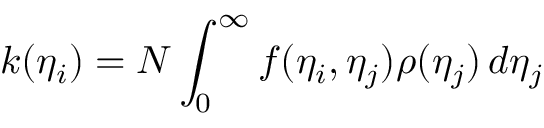
k ( \eta _ { i } ) = N \int _ { 0 } ^ { \infty } f ( \eta _ { i } , \eta _ { j } ) \rho ( \eta _ { j } ) \, d \eta _ { j }